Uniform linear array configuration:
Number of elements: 4
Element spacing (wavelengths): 1
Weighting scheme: blackman
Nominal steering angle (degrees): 15
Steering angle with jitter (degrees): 14.615
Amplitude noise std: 0.05
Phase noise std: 0.05

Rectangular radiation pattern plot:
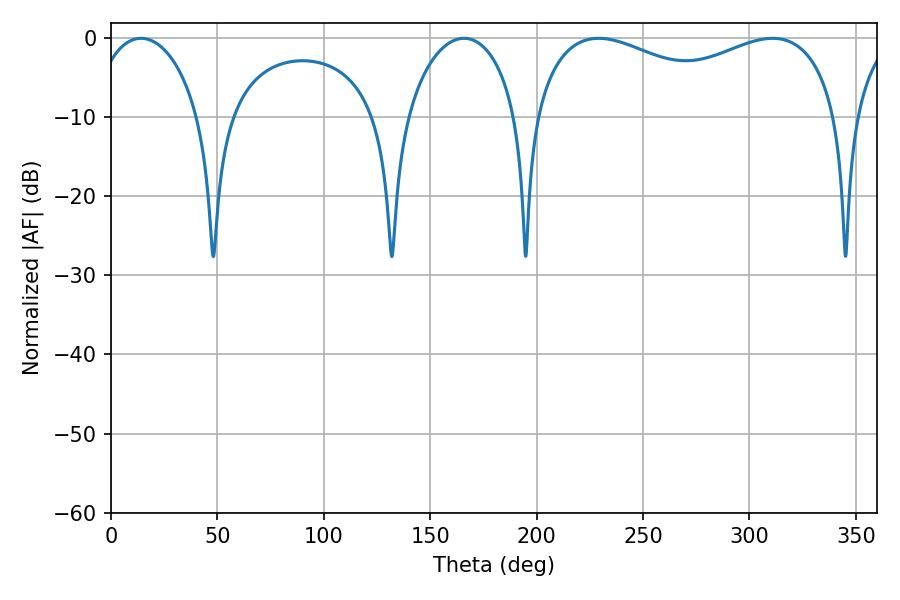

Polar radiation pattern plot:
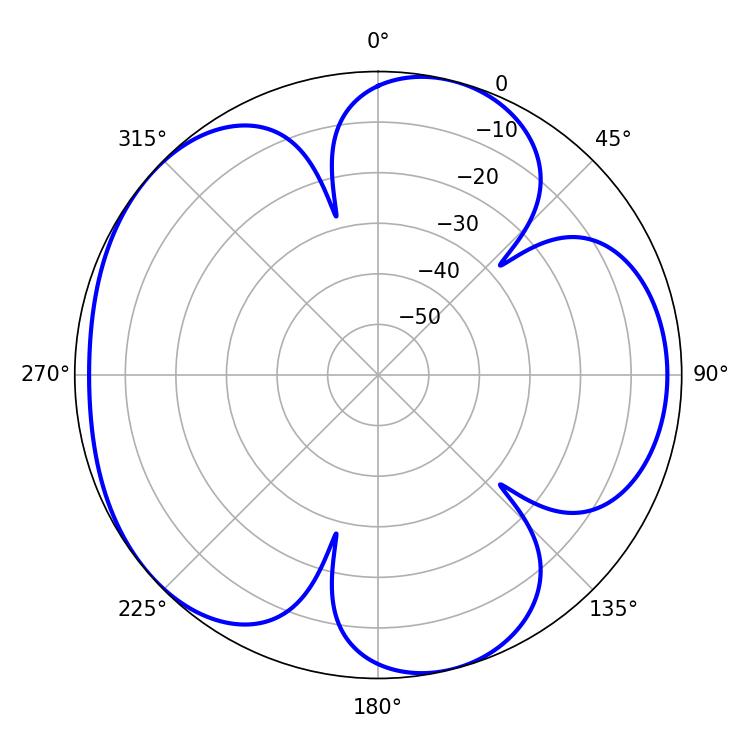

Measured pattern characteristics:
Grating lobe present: TRUE
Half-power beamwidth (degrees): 119.16
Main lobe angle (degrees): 310.86